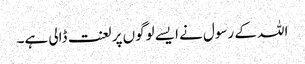
اللہ کے رسول نے ایسے لوگوں پر لعنت ڈالی ہے۔